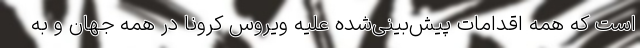
است که همه اقدامات پیش‌بینی‌شده علیه ویروس کرونا در همه جهان و به